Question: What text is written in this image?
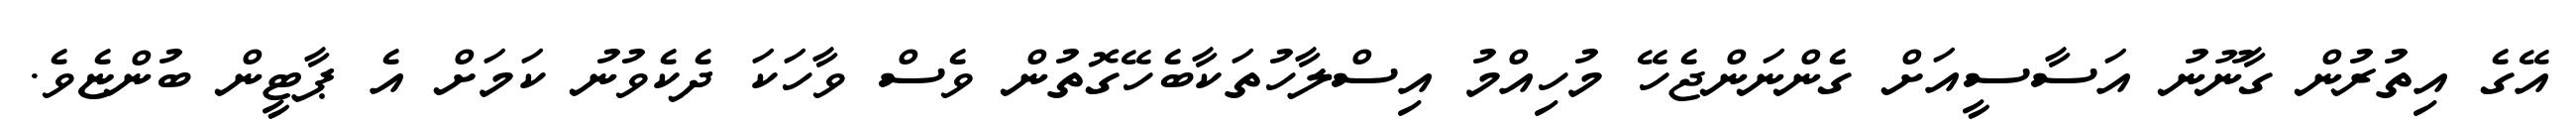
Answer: އޭގެ އިތުރުން ގާނޫނު އަސާސީއަށް ގެންނަންޖެހޭ މުހިއްމު އިސްލާހުތަކާބެހޭގޮތުން ވެސް ވާހަކަ ދެކެވުނު ކަމަށް އެ ޕާޓީން ބުންޏެވެ.